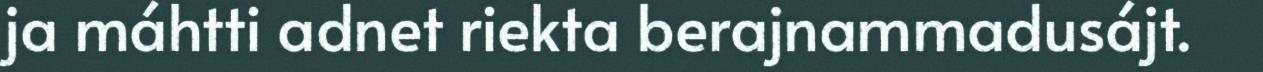
ja máhtti adnet riekta berajnammadusájt.